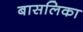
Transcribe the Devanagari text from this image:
बासलिका